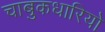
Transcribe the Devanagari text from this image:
चाबुकधारियो